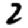
Digit: 2